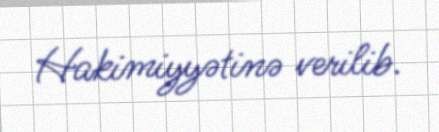
Hakimiyyətinə verilib.